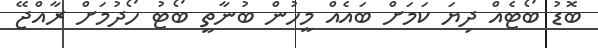
ބޮޑު ބޯޓެއް ދިޔަ ކަމަށް ބައެއް މީހުން ބުނާތީ ބޯޓު ހޯދުމަށް ރާއްޖޭ